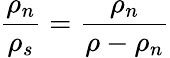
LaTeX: \frac{\rho_{n}}{\rho_{s}}=\frac{\rho_{n}}{\rho-\rho_{n}}